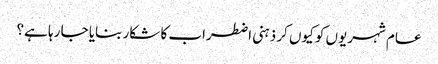
عام شہریوں کو کیوں کر ذہنی اضطراب کا شکار بنایا جا رہا ہے؟